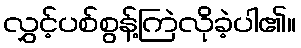
လွှင့်ပစ်စွန့်ကြဲလိုခဲ့ပါ၏။